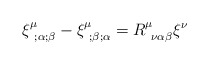
\begin{align*}\xi ^\mu _{~;\alpha ; \beta} - \xi ^\mu _{~; \beta ;\alpha}=R^\mu _{~\nu \alpha \beta} \xi ^\nu\end{align*}